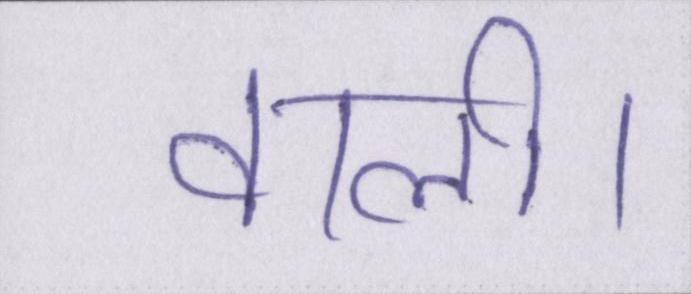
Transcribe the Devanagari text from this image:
वाली।